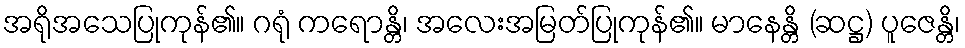
အရိုအသေပြုကုန်၏။ ဂရုံ ကရောန္တိ၊ အလေးအမြတ်ပြုကုန်၏။ မာနေန္တိ (ဆဋ္ဌ) ပူဇေန္တိ၊